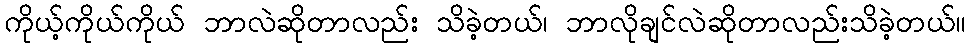
ကိုယ့်ကိုယ်ကိုယ် ဘာလဲဆိုတာလည်း သိခဲ့တယ်၊ ဘာလိုချင်လဲဆိုတာလည်းသိခဲ့တယ်။